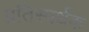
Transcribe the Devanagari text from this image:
प्रतिस्पर्थक